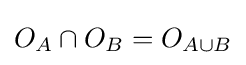
O_{A}\cap O_{B}=O_{A\cup B}